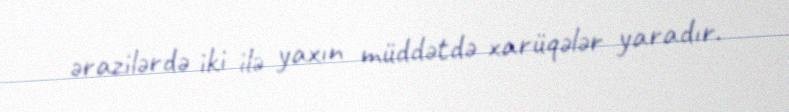
ərazilərdə iki ilə yaxın müddətdə xarüqələr yaradır.